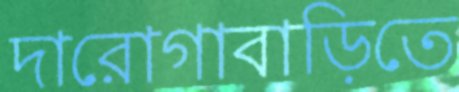
দারোগাবাড়িতে